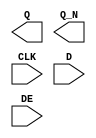
module sky130_fd_sc_ls__edfxbp (
    Q  ,
    Q_N,
    CLK,
    D  ,
    DE
);

    output Q  ;
    output Q_N;
    input  CLK;
    input  D  ;
    input  DE ;

    // Voltage supply signals
    supply1 VPWR;
    supply0 VGND;
    supply1 VPB ;
    supply0 VNB ;

endmodule